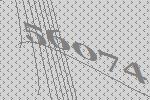
56074